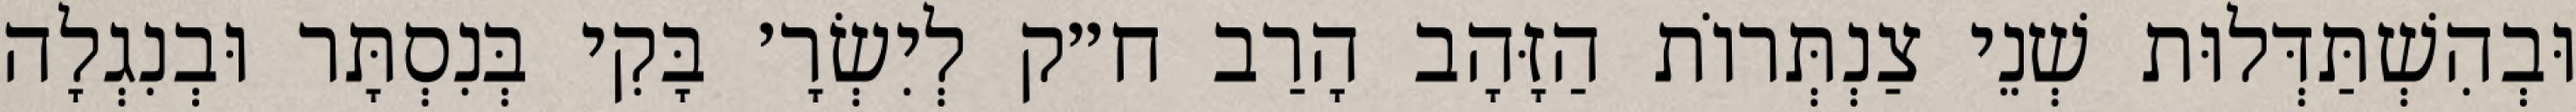
וּבְהִשְׁתַּדְּלוּת שְׁנֵי צַנְתְּרוֹת הַזָּהָב הָרַב ח״ק לְיִשְׂרָ׳ בָּקִי בְּנִסְתָּר וּבְנִגְלָה